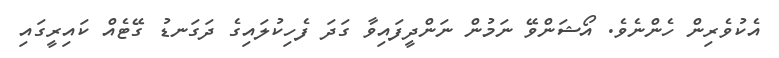
އެކުވެރިން ހެންނެވެ. އޯޝަންވޭ ނަމުން ނަންދީފައިވާ ގަދަ ފެހިކުލައިގެ ދަގަނޑު ގޭޓެއް ކައިރީގައި